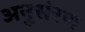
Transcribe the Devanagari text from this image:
अनुसंरण